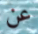
عن